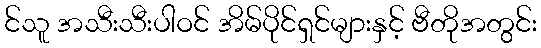
င်သူ အသီးသီးပါဝင် အိမ်ပိုင်ရှင်များနှင့် ဗီတိုအတွင်း